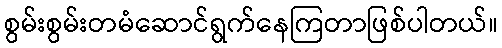
စွမ်းစွမ်းတမံဆောင်ရွက်နေကြတာဖြစ်ပါတယ်။